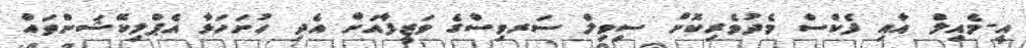
އީ-މެއިލް އާއި ފެކްސް މެދުވެރިކޮށް ސިވިލް ސަރވިސްގެ ވަޒީފާއަށް އެދި ހުށަހަޅާ އެޕްލިކޭޝަންތައް